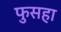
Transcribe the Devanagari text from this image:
फुसहा